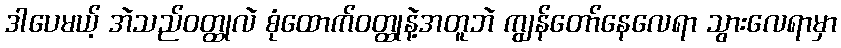
ဒါပေမယ့် အဲသည်ဝတ္ထုလဲ စုံထောက်ဝတ္ထုနဲ့အတူဘဲ ကျွန်တော်နေလေရာ သွားလေရာမှာ